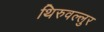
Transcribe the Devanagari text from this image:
थिरुवल्लुर